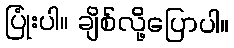
ပြုံးပါ။ ချိစ်လို့ပြောပါ။